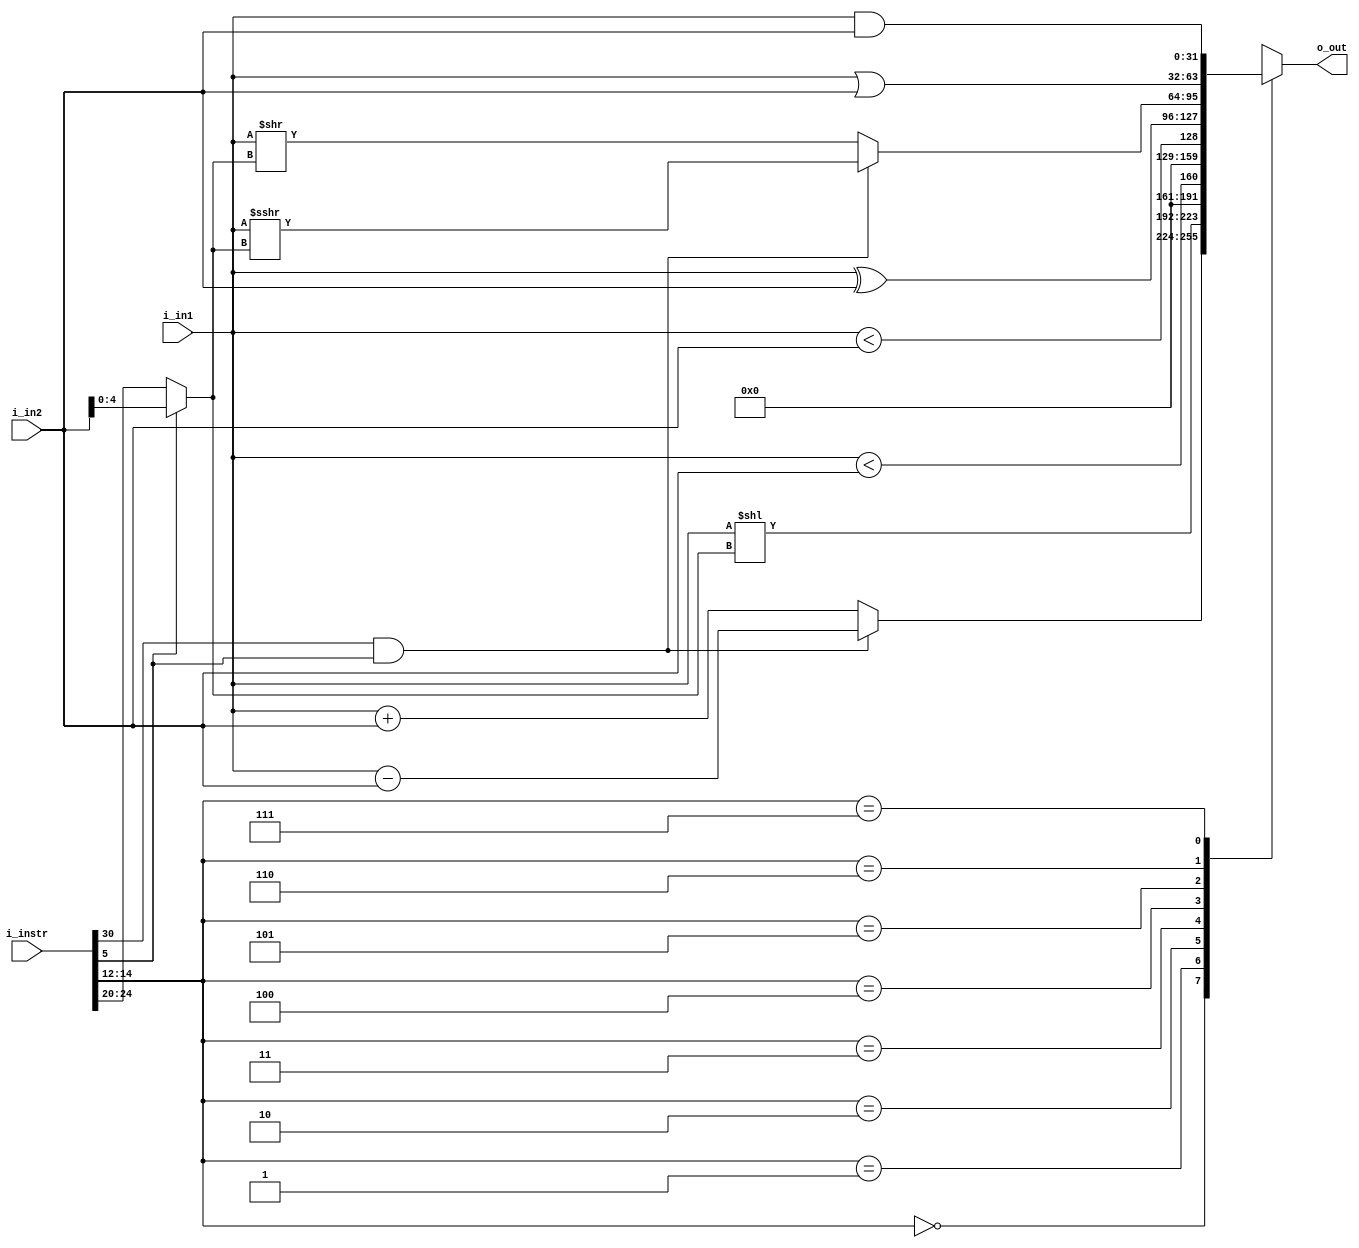
module Vr_ALU (
    input [31:0] i_in1, i_in2,
    input [31:0] i_instr,
    output [31:0] o_out

);
    wire [4:0] shamt = (i_instr[5]) ? i_in2[4:0] : i_instr[24:20]; // shift up to 32 positions  

    wire [2:0] funct3 = i_instr[14:12];
    wire [6:0] funct7 = i_instr[31:25];

    reg [31:0] ALUoutput;

    always @(*) begin
        ALUoutput = 32'h0;  // Initialize with default value
        case (funct3)
            3'h0: ALUoutput = (funct7[5] & i_instr[5]) ? (i_in1 - i_in2) : (i_in1 + i_in2);  // add
            3'h1: ALUoutput = i_in1 << shamt;                                                // sll
            3'h2: ALUoutput = ($signed(i_in1) < $signed(i_in2));                             // slt
            3'h3: ALUoutput = (i_in1 < i_in2);                                               // sltu
            3'h4: ALUoutput = (i_in1 ^ i_in2);                                               // xor
            3'h5: ALUoutput = (funct7[5] & i_instr[5]) ? (i_in1 >>> shamt) : (i_in1 >> shamt);  // srl
            3'h6: ALUoutput = (i_in1 | i_in2);                                               // or
            3'h7: ALUoutput = (i_in1 & i_in2);                                               // and
        endcase
    end

    assign o_out = ALUoutput;

endmodule